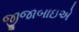
જીજાબાઇએ